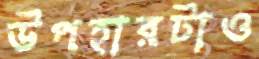
উপহারটাও